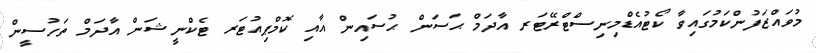
މުވައްޒަފުންކަމުގައިވާ ކޯޓުއެޑްމިނިސްޓްރޭޓަރ އާދަމް ޙަސަން ޙުސައިން އާއި ކޮމްޕިއުޓަރ ޓެކްނީޝަން އާދަމް ތަހުސީން